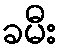
ခမီး